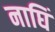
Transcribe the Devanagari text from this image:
नाघिं